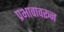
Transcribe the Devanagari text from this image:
प्रभावावरून